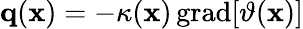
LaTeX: \begin{array}{r}{\mathbf{q}(\mathbf{x})=-\kappa(\mathbf{x})\, \mathrm{grad}[\vartheta(\mathbf{x})]}\end{array}